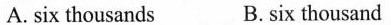
A. six thousands B.six thousand